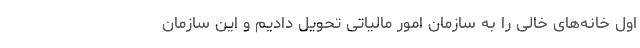
اول خانه‌های خالی را به سازمان امور مالیاتی تحویل دادیم و این سازمان